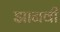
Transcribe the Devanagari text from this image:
झानवी